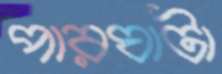
পারঘাটা